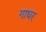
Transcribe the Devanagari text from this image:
गाधर